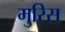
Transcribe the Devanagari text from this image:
मुरिस